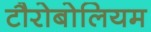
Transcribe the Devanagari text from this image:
टौरोबोलियम